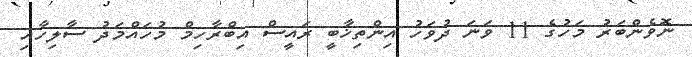
ނޮވެންބަރު މަހުގެ 11 ވަނަ ދުވަހު އިންތިޚާބީ ރައީސް އިބްރާހިމް މުހައްމަދު ސާލިހާއި